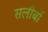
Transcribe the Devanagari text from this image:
सलीबों